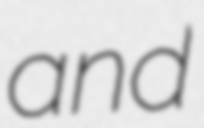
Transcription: and